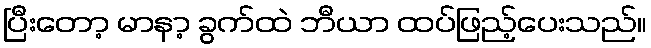
ပြီးတော့ မာနာ့ ခွက်ထဲ ဘီယာ ထပ်ဖြည့်ပေးသည်။